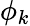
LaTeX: \phi_{k}